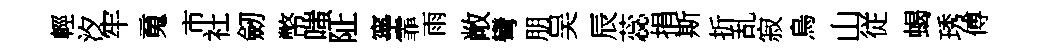
輕汐牢䰟市社劒幣嗤阯寧霏雨敞彎朋吴辰蕊捐斯折乱寂烏山従蝎琇傅